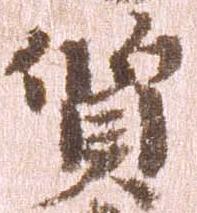
質